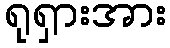
ရုရှားအား